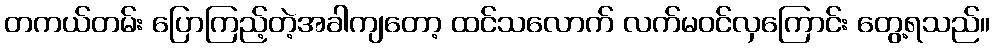
တကယ်တမ်း ပြောကြည့်တဲ့အခါကျတော့ ထင်သလောက် လက်မဝင်လှကြောင်း တွေ့ရသည်။